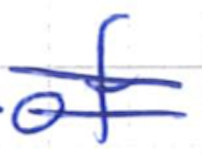
Text: of
Cross-out: double-line
Writing tool: ballpoint